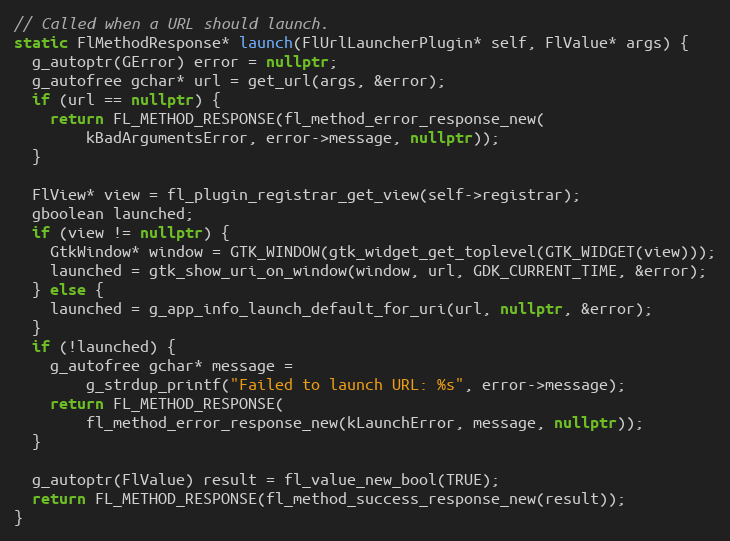
Language: C++
// Called when a URL should launch.
static FlMethodResponse* launch(FlUrlLauncherPlugin* self, FlValue* args) {
  g_autoptr(GError) error = nullptr;
  g_autofree gchar* url = get_url(args, &error);
  if (url == nullptr) {
    return FL_METHOD_RESPONSE(fl_method_error_response_new(
        kBadArgumentsError, error->message, nullptr));
  }

  FlView* view = fl_plugin_registrar_get_view(self->registrar);
  gboolean launched;
  if (view != nullptr) {
    GtkWindow* window = GTK_WINDOW(gtk_widget_get_toplevel(GTK_WIDGET(view)));
    launched = gtk_show_uri_on_window(window, url, GDK_CURRENT_TIME, &error);
  } else {
    launched = g_app_info_launch_default_for_uri(url, nullptr, &error);
  }
  if (!launched) {
    g_autofree gchar* message =
        g_strdup_printf("Failed to launch URL: %s", error->message);
    return FL_METHOD_RESPONSE(
        fl_method_error_response_new(kLaunchError, message, nullptr));
  }

  g_autoptr(FlValue) result = fl_value_new_bool(TRUE);
  return FL_METHOD_RESPONSE(fl_method_success_response_new(result));
}